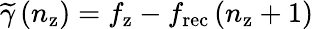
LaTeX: \widetilde{\gamma}\left(n_{\mathrm{z}}\right)=f_{\mathrm{z}}-f_{\mathrm{rec}}\left(n_{\mathrm{z}}+1\right)